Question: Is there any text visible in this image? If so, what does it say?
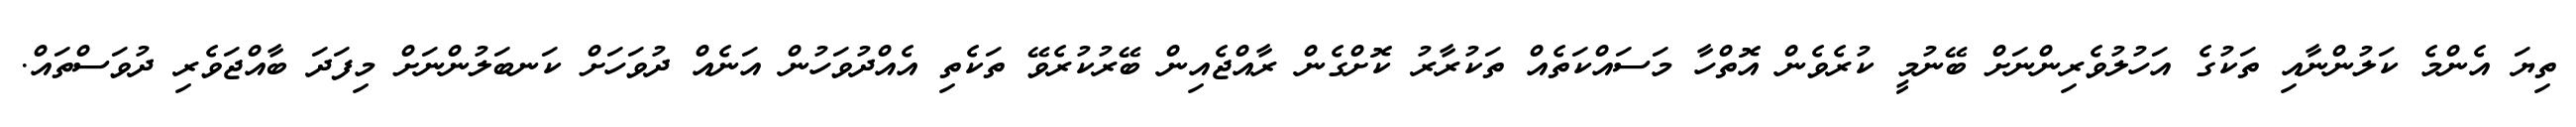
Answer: ތިޔަ އެންމެ ކަލުންނާއި ތަކުގެ އަހުލުވެރިންނަށް ބޭނުމީ ކުރެވެން އޮތްހާ މަސައްކަތެއް ތަކުރާރު ކޮށްގެން ރާއްޖެއިން ބޭރުކުރެވޭ ތަކެތި އެއްދުވަހުން އަނެއް ދުވަހަށް ކަނބަލުންނަށް މިފަދަ ބާއްޖަވެރި ދުވަސްތައް.